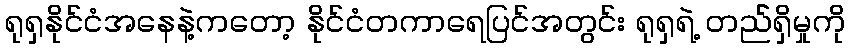
ရုရှနိုင်ငံအနေနဲ့ကတော့ နိုင်ငံတကာရေပြင်အတွင်း ရုရှရဲ့ တည််ရှိမှုကို